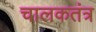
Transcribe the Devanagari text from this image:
चालकतंत्र